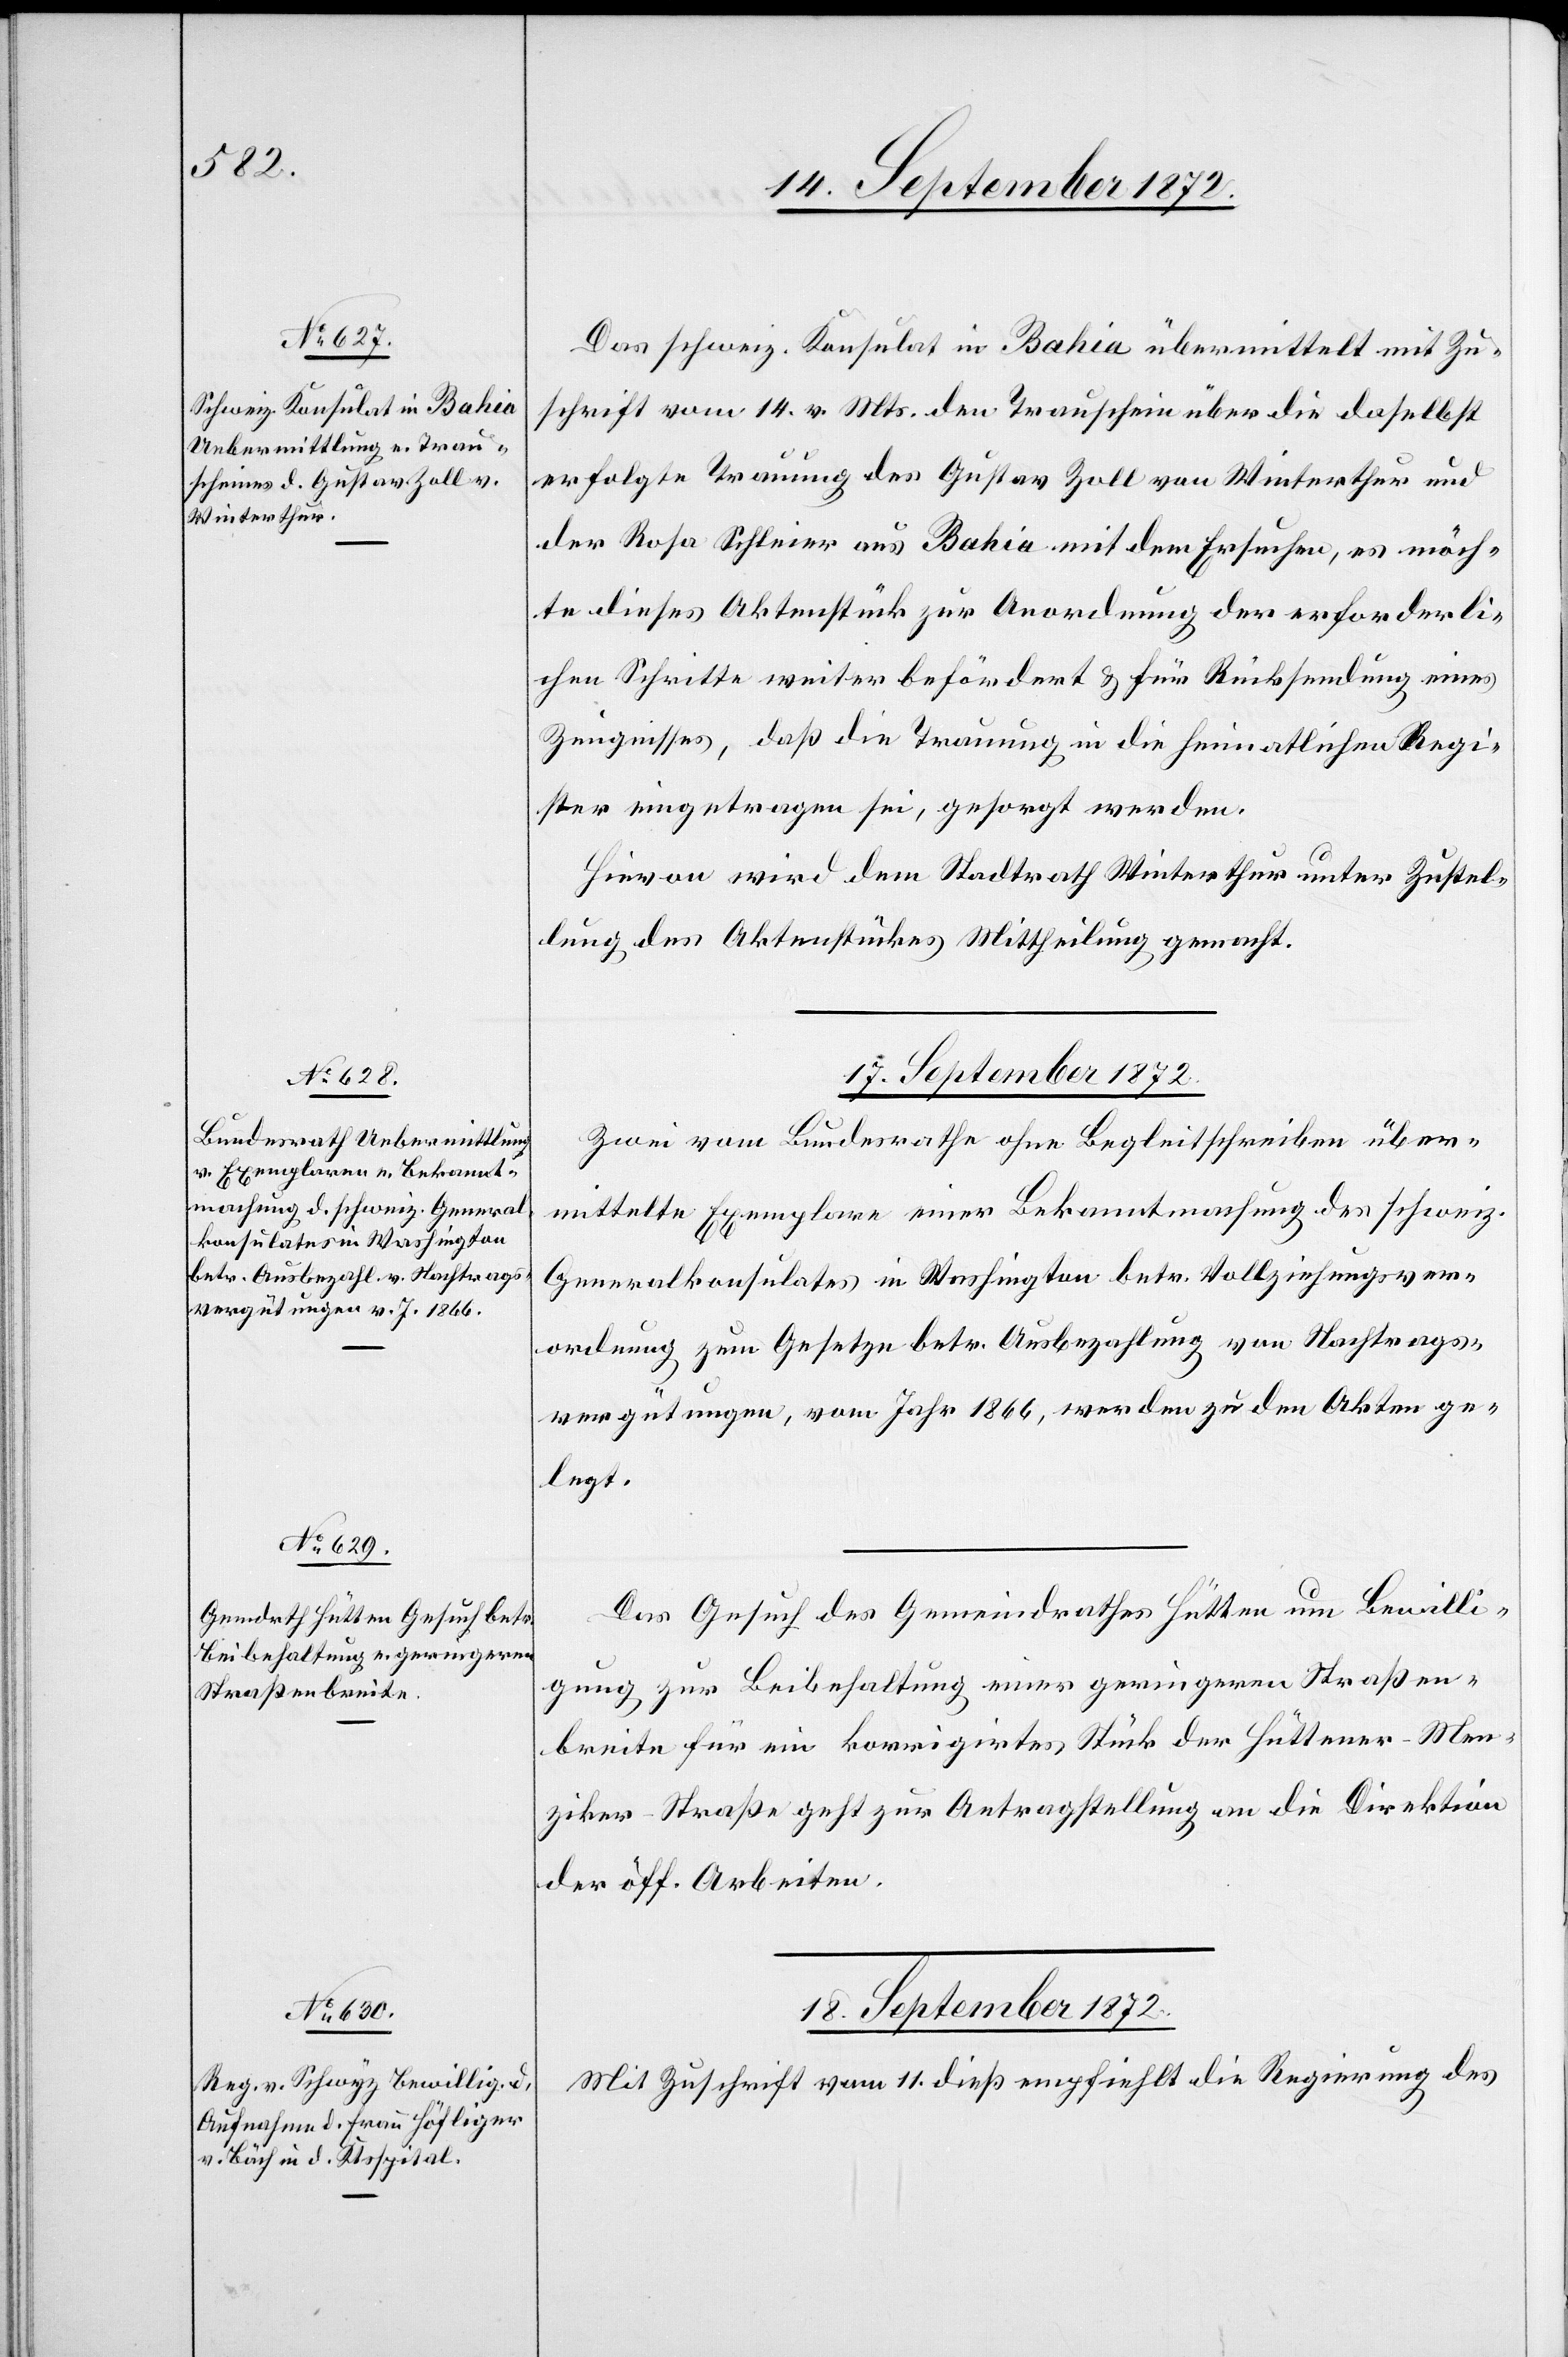
16. September 1872]
Das schweiz. Konsulat in Bahia übermittelt mit Zu¬
schrift vom 14. v. Mts. den Trauschein über die daselbst
erfolgte Trauung des Gustav Zoll von Winterthur und
der Rosa Schleier aus Bahia mit dem Ersuchen, es möch¬
te dieses Aktenstück zur Anordnung der erforderli¬
chen Schritte weiter befördert u. für Rücksendung eines
Zeugnisses, daß die Trauung in die heimatlichen Regi¬
ster eingetragen sei, gesorgt werden.
Hievon wird dem Stadtrath Winterthur unter Zustel¬
lung des Aktenstückes Mittheilung gemacht.
17. September 1872.
Zwei vom Bundesrathe ohne Begleitschreiben über¬
mittelte Exemplare einer Bekanntmachung des schweiz.
Generalkonsulates in Washington betr. Vollziehungsver¬
ordnung zum Gesetze betr. Ausbezahlung von Nachtrags¬
vergütungen, vom Jahr 1866, werden zu den Akten ge¬
legt.
Das Gesuch des Gemeindrathes Hütten um Bewilli¬
gung zur Beibehaltung einer geringeren Straßen¬
breite für ein korrigirtes Stück der Hüttener–Men¬
ziker-Straße geht zur Antragstellung an die Direktion
der öff. Arbeiten.
18. September 1872.
Mit Zuschrift vom 11. dieß empfiehlt die Regierung des